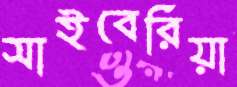
সাইবেরিয়া